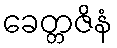
ခေတ္တဇိနံ